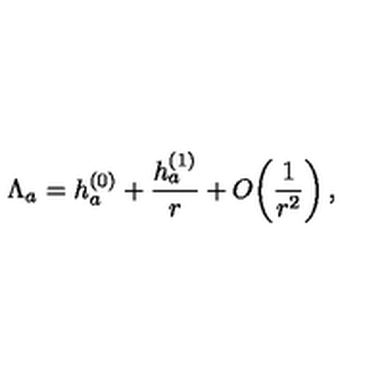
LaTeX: \Lambda _ { a } = h _ { a } ^ { ( 0 ) } + { \frac { h _ { a } ^ { ( 1 ) } } { r } } + O \! \left( { \frac { 1 } { r ^ { 2 } } } \right) ,